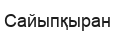
Сайыпқыран